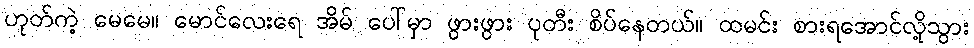
ဟုတ်ကဲ့ မေမေ။ မောင်လေးရေ အိမ် ပေါ်မှာ ဖွားဖွား ပုတီး စိပ်နေတယ်။ ထမင်း စားရအောင်လို့သွား